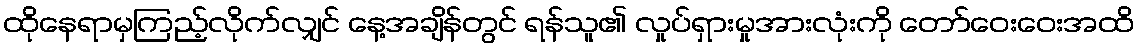
ထိုနေရာမှကြည့်လိုက်လျှင် နေ့အချိန်တွင် ရန်သူ၏ လှုပ်ရှားမှုအားလုံးကို တော်ဝေးဝေးအထိ